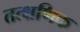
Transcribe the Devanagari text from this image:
तत्क्षणिक